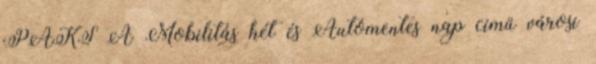
PAKS A Mobilitás hét és Autómentes nap című városi